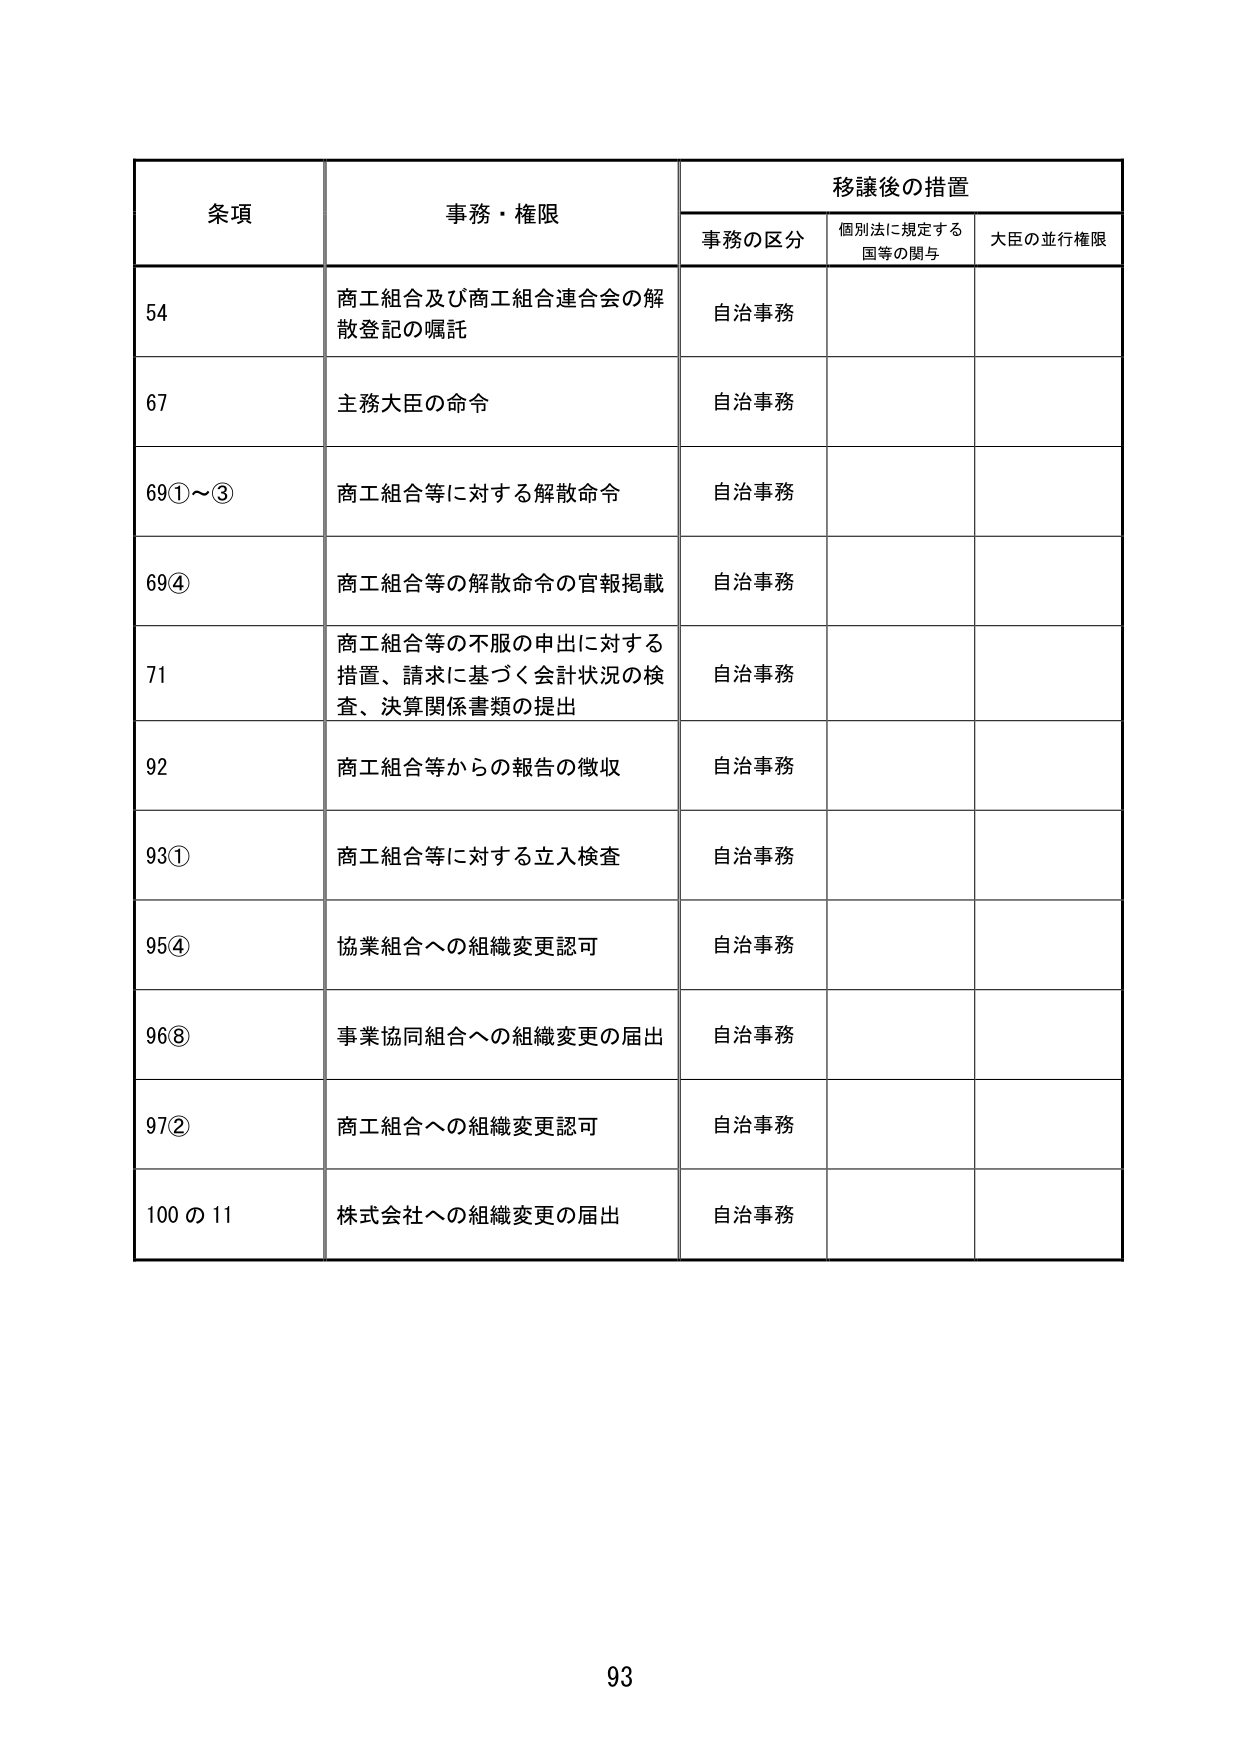
条項 事務・権限 移譲後の措置
事務の区分 個別法に規定する国等の関与 大臣の並行権限
54 商工組合及び商工組合連合会の解散登記の嘱託 自治事務
67 主務大臣の命令 自治事務
69①～③ 商工組合等に対する解散命令 自治事務
69④ 商工組合等の解散命令の官報掲載 自治事務
71 商工組合等の不服の申出に対する措置、請求に基づく会計状況の検査、決算関係書類の提出 自治事務
92 商工組合等からの報告の徴収 自治事務
93① 商工組合等に対する立入検査 自治事務
95④ 協業組合への組織変更認可 自治事務
96⑧ 事業協同組合への組織変更の届出 自治事務
97② 商工組合への組織変更認可 自治事務
100の11 株式会社への組織変更の届出 自治事務
93